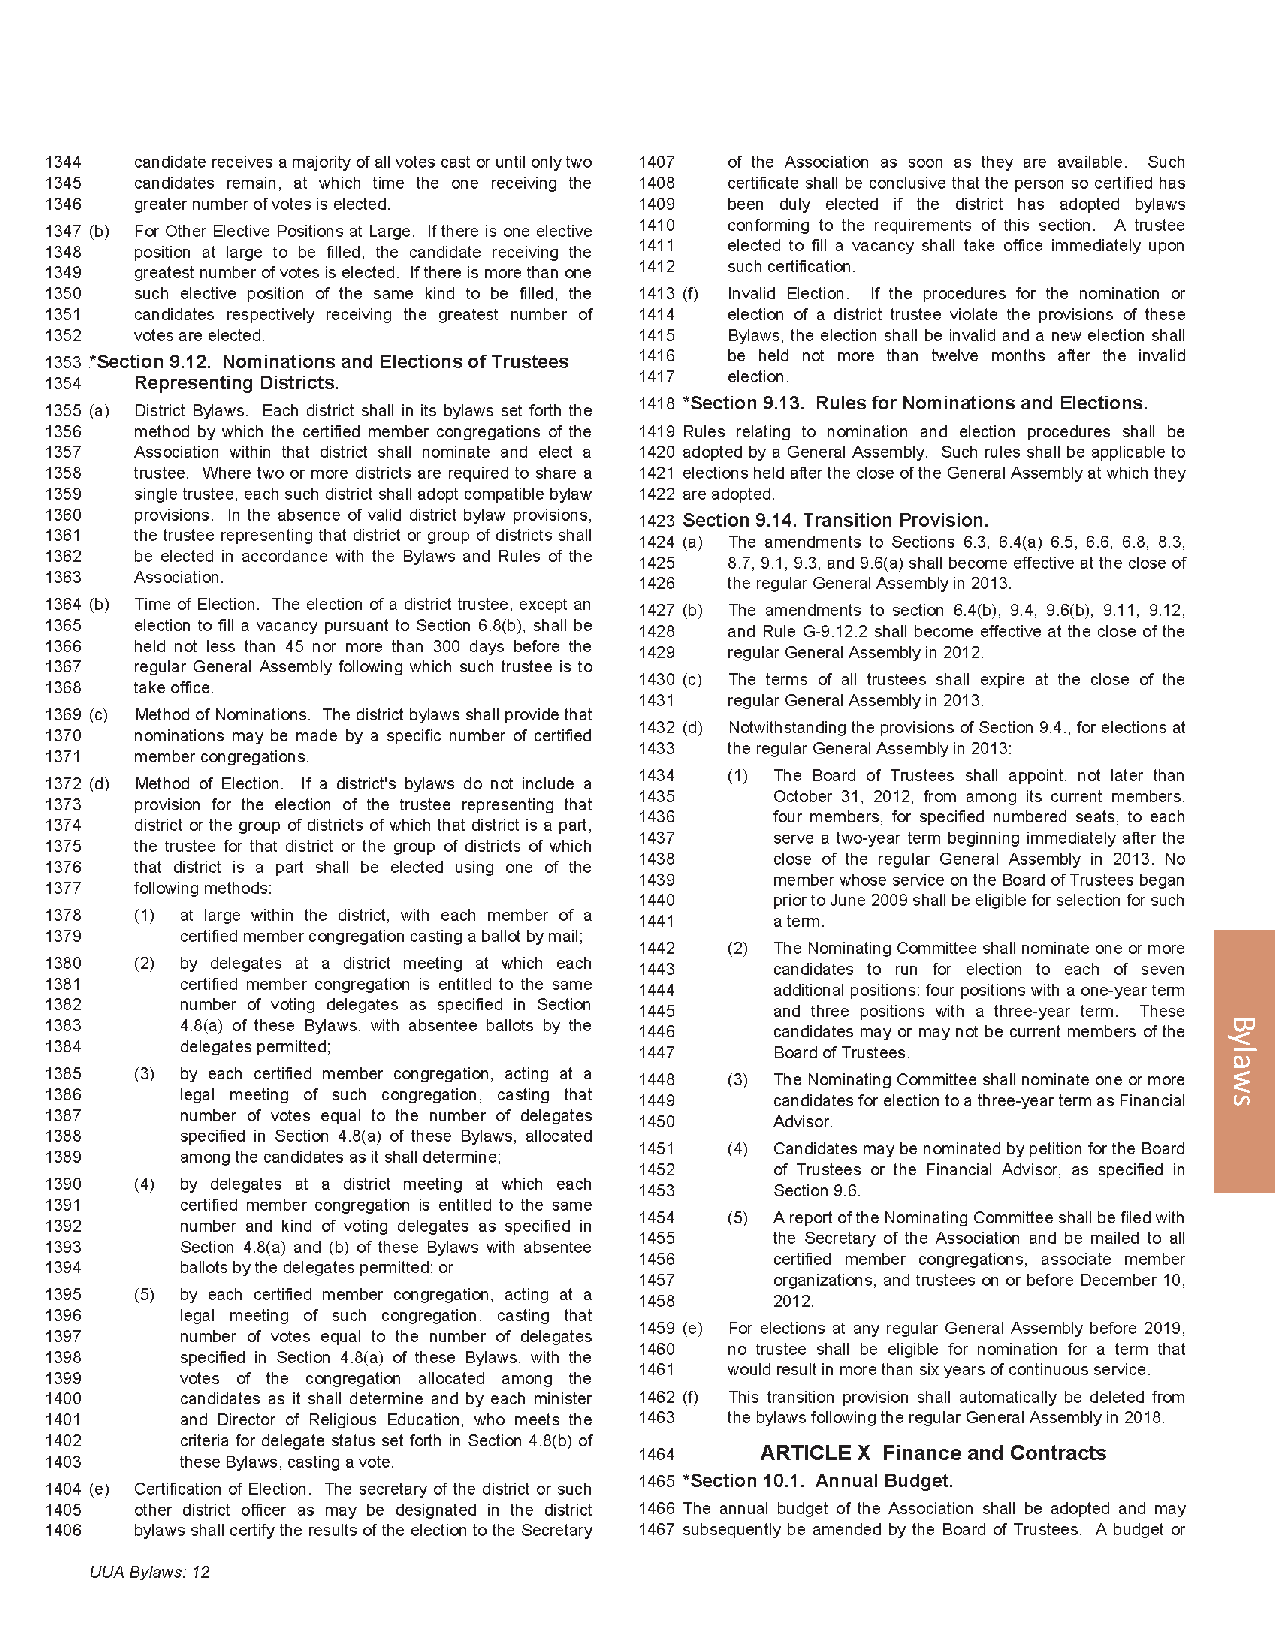
2012 General Assembly                                                   125
 Bylaws